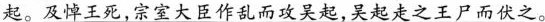
起。及悼王死，宗室大臣作乱而攻吴起，吴起走之王尸而伏之。